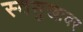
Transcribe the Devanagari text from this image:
स्वसुखावर